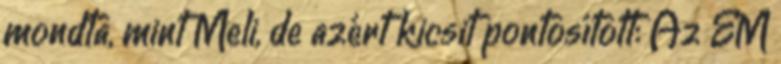
mondta, mint Meli, de azért kicsit pontosított: Az EM